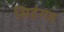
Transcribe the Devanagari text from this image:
सिहंगड